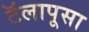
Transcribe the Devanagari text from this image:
टॅलापूसा